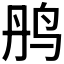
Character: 𫛝